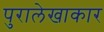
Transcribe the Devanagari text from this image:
पुरालेखाकार